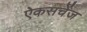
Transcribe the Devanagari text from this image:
ऐकसचेंज